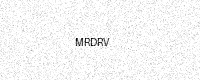
Text: MRDRV